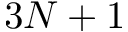
3 N + 1